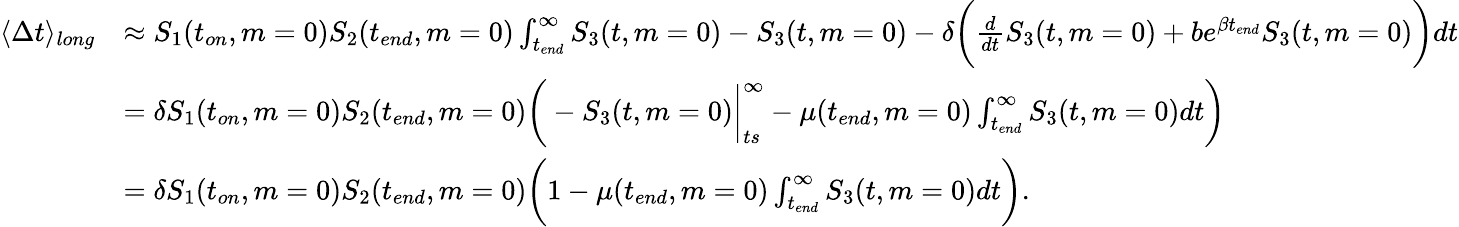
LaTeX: \begin{array}{rl}{\langle\Delta t\rangle_{long}}&{\approx S_{1}(t_{on},m=0)S_{2}(t_{end},m=0)\int_{t_{end}}^{\infty}S_{3}(t,m=0)-S_{3}(t,m=0)-\delta\bigg(\frac{d}{dt}S_{3}(t,m=0)+be^{\beta t_{end}}S_{3}(t,m=0)\bigg)dt}\\ &{=\delta S_{1}(t_{on},m=0)S_{2}(t_{end},m=0)\bigg(-S_{3}(t,m=0)\bigg|_{ts}^{\infty}-\mu(t_{end},m=0)\int_{t_{end}}^{\infty}S_{3}(t,m=0)dt\bigg)}\\ &{=\delta S_{1}(t_{on},m=0)S_{2}(t_{end},m=0)\bigg(1-\mu(t_{end},m=0)\int_{t_{end}}^{\infty}S_{3}(t,m=0)dt\bigg).}\end{array}